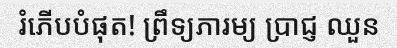
រំភើបបំផុត! ព្រឹទ្យភារម្យ ប្រាជ្ញ ឈួន